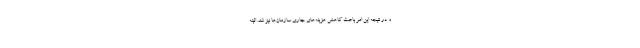
و در نتیجه این امر باعث کاهش هزینه‌های جاری سازمان‌ها نیز شد. البته